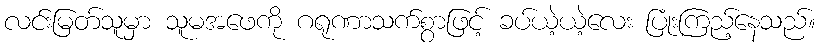
လင်းမြတ်သူမှာ သူမအဖေကို ဂရုဏာသက်စွာဖြင့် ခပ်ယဲ့ယဲ့လေး ပြုံးကြည့်နေသည်။